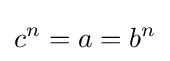
c^{n}=a=b^{n}